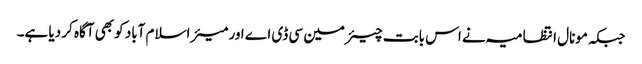
جبکہ مونال انتظامیہ نے اس بابت چیئرمین سی ڈی اے اور میئر اسلام آباد کو بھی آگاہ کر دیا ہے۔